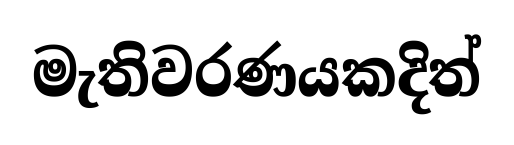
මැතිවරණයකදිත්